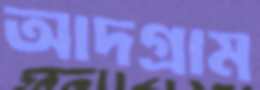
আদগ্রাম